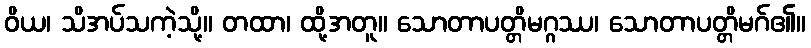
ဝိယ၊ သိအပ်သကဲ့သို့။ တထာ၊ ထို့အတူ။ သောတာပတ္တိမဂ္ဂဿ၊ သောတာပတ္တိမဂ်၏။